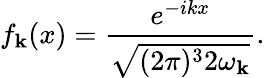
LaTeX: f_{{\mathbf k}}(x)=\frac{e^{-ikx}}{\sqrt{(2\pi)^{3}2\omega_{{\mathbf k}}}}.